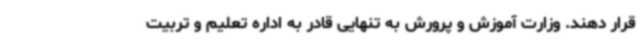
قرار دهند. وزارت آموزش و پرورش به تنهایی قادر به اداره تعلیم و تربیت